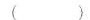
（）